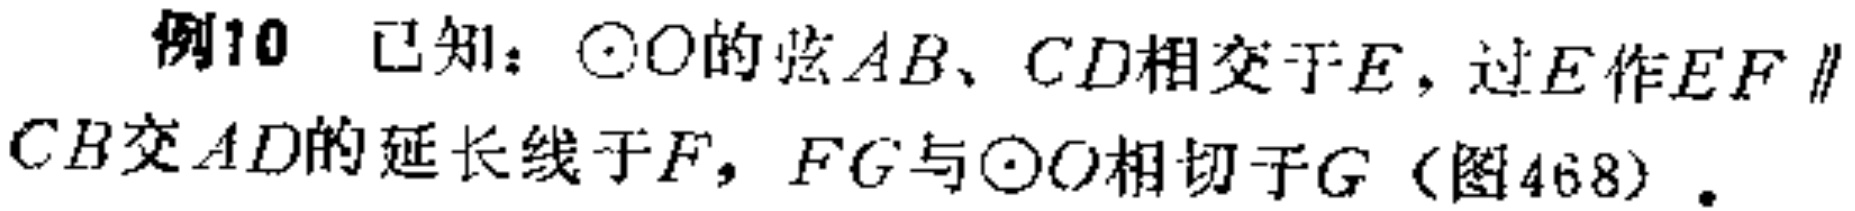
例10 已知：\(\odot O\)的弦\(AB\)、\(CD\)相交于\(E\)，过\(E\)作\(EF\parallel CB\)交\(AD\)的延长线于\(F\)，\(FG\)与\(\odot O\)相切于\(G\)（图468）.